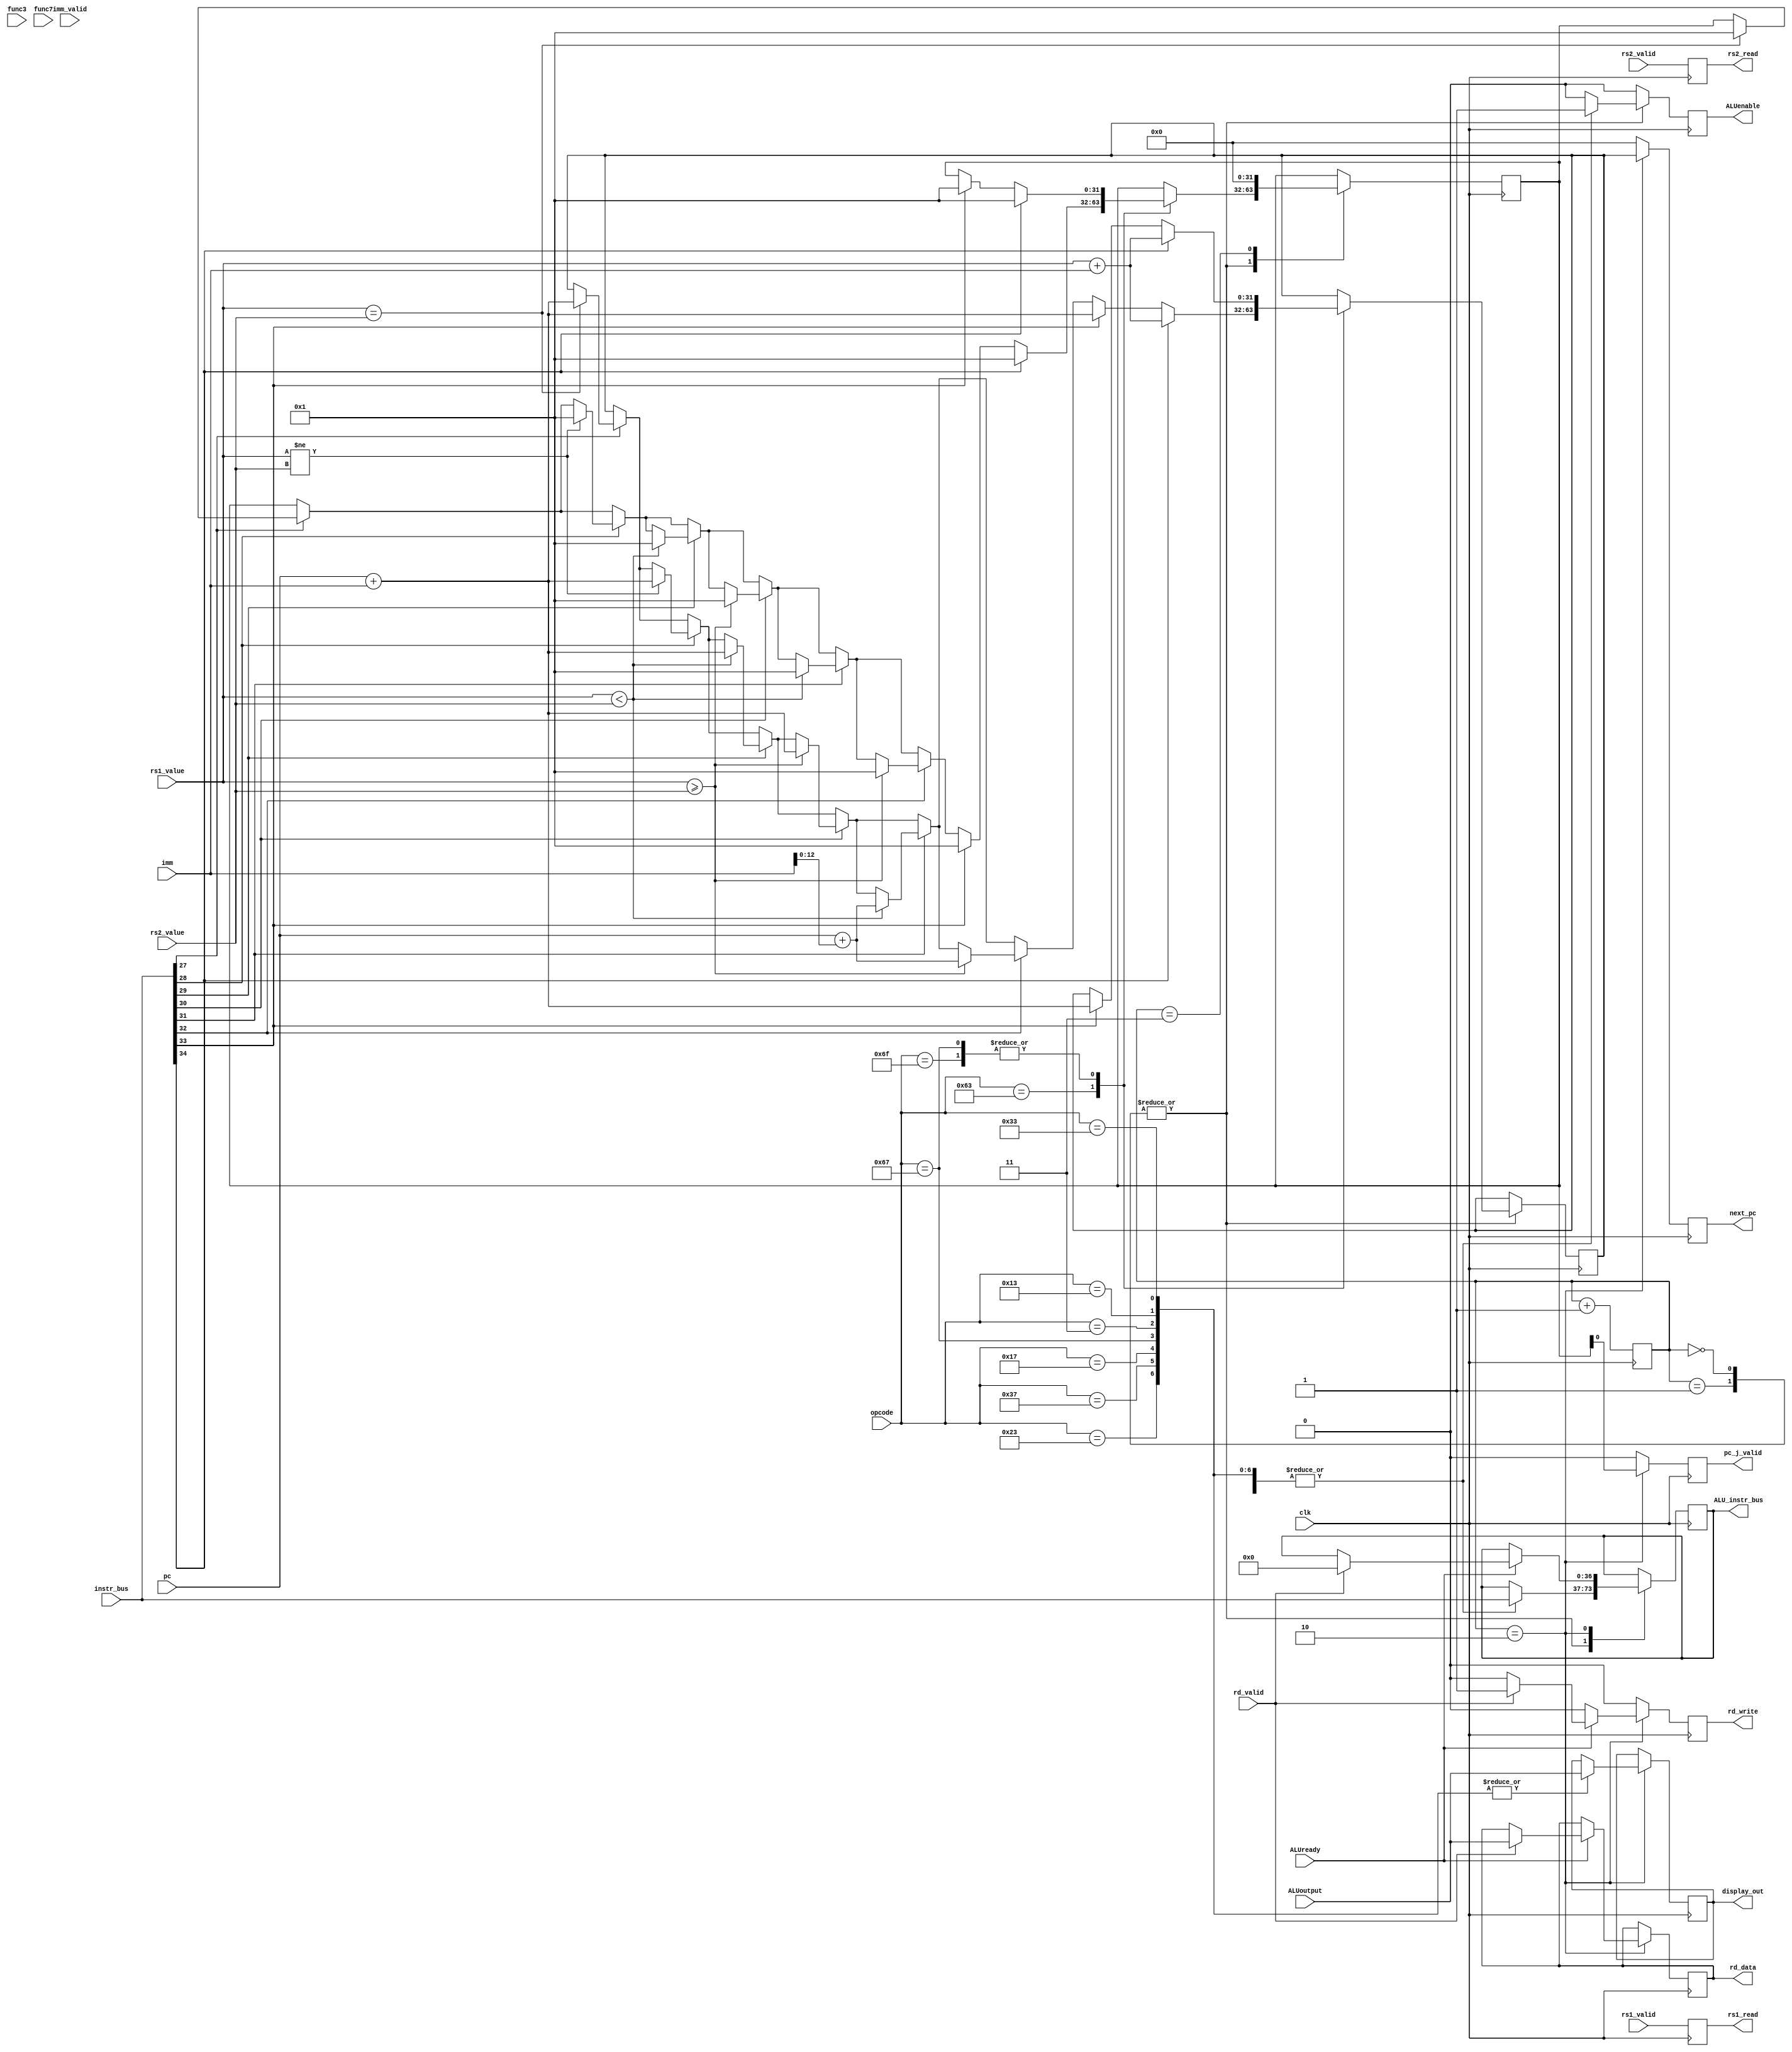
module control_unit(
    input clk,
    input signed [31:0] rs2_value,
    input signed [31:0] rs1_value,
    input signed [31:0] imm,
    input rs1_valid,
    input rs2_valid,
    input [36:0] instr_bus,
    input [31:0] pc,
    input [31:0] ALUoutput,
    input ALUready,
    input rd_valid,
    input [6:0] opcode,
    output reg rs1_read,
    output reg rs2_read,
    output reg [31:0] next_pc,
    output reg pc_j_valid,
    output reg [31:0] rd_data,
    output reg rd_write,
    output reg ALUenable,
    output reg [36:0] ALU_instr_bus,
	 output reg [31:0] display_out,
	 input [2:0] func3,
	 input [6:0] func7,
	 input imm_valid
);

   reg [1:0] state = 2'b11;
   reg [31:0] next_pc_hold;
   reg [31:0] pc_j_valid_hold;
    
    always @ (posedge clk) begin
    pc_j_valid <= 0;
    next_pc <= 0;
    rd_write <=0;
    ALUenable <=0;
    rs1_read <= rs1_valid; rs2_read <= rs2_valid;
        case(state)
            2'b00, 2'b01:
                case(opcode)
                    //R         I           I           U           U           S
                    7'b0110011, 7'b0010011, 7'b0000011, 7'b0010111, 7'b0110111, 7'b0100011: begin
                        ALUenable <= 1; ALU_instr_bus <= instr_bus;
                    end
                    //B                      
                    7'b1100011: begin
                        if(instr_bus[27] == 1) begin //beq
                            if(rs1_value == rs2_value) begin
                                next_pc_hold <= pc + imm;
                                pc_j_valid_hold <= 1;
                            end
                        end
                        if(instr_bus[28] == 1) begin //bne
                            if(rs1_value != rs2_value) begin
                                next_pc_hold <= pc + imm;
                                pc_j_valid_hold <= 1;
                            end
                        end
                        if(instr_bus[29] == 1) begin //blt
                            if(rs1_value < rs2_value) begin
                                next_pc_hold <= pc + imm;
                                pc_j_valid_hold <= 1;
                            end
                        end
                        if(instr_bus[30] == 1) begin //bge
                            if(rs1_value >= rs2_value) begin
                                next_pc_hold <= pc + imm;
                                pc_j_valid_hold <= 1;
                            end
                        end
                        if(instr_bus[31] == 1) begin //bltu - review required
                            if(rs1_value < rs2_value) begin
                                next_pc_hold <= pc + {19'b0 , imm[12:0]};
                                pc_j_valid_hold <= 1;
                            end
                        end
                        if(instr_bus[32] == 1) begin //bgeu - review required
                            if(rs1_value >= rs2_value) begin
                                next_pc_hold <= pc + {19'b0 , imm[12:0]};
                                pc_j_valid_hold <= 1;
                            end
                        end
                        if(instr_bus[33] == 1)begin //jal
                            next_pc_hold <= pc + imm;
                            pc_j_valid_hold <= 1;
                        end
                        if(instr_bus[34] == 1) begin //jalr
                            next_pc_hold <= rs1_value + imm;
                            pc_j_valid_hold <= 1;
                        end
                    end
                    //J         I3
                    7'b1101111, 7'b1100111: begin
                        ALUenable <= 1; ALU_instr_bus <= instr_bus;
                        if(instr_bus[33] == 1) begin
                            next_pc_hold <= pc + imm;
                            pc_j_valid_hold <= 1;
                        end
                        if(instr_bus[34] == 1) begin
                            next_pc_hold <= rs1_value + imm;
                            pc_j_valid_hold <= 1;
                        end
                    end
                endcase
            2'b10: begin
               next_pc <= next_pc_hold;
               pc_j_valid <= pc_j_valid_hold;
               if(ALUready) begin 
                    if(rd_valid) begin
                        rd_write <= 1;
                        rd_data <= ALUoutput;
                        ALUenable <=0;
                        ALU_instr_bus <= 37'b0;
                    end
                end
					 case(opcode)
                    //R         I           I           I           U           U           S
                    7'b0110011, 7'b0010011, 7'b0000011, 7'b1100111, 7'b0010111, 7'b0110111, 7'b0100011: begin
                        display_out <= ALUoutput;
                    end
					 endcase
            end
            2'b11: begin
                next_pc <= 0;
                pc_j_valid <= 0;
                pc_j_valid_hold <=0;
            end
        endcase
    state <= state + 1;
    end
endmodule